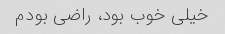
خیلی خوب بود، راضی بودم